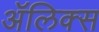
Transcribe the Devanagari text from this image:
ॲलिक्स